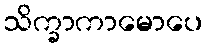
သိက္ခာကာမောပေ